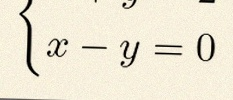
\begin{cases}x+y=2\\x-y=0\end{cases}